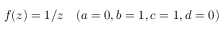
f ( z ) = 1 / z \quad ( a = 0 , b = 1 , c = 1 , d = 0 )